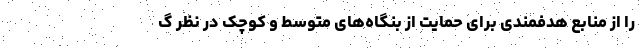
را از منابع هدفمندی برای حمایت از بنگاه‌های متوسط و کوچک در نظر گ